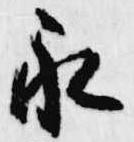
永